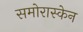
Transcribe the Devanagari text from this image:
समोरास्केन